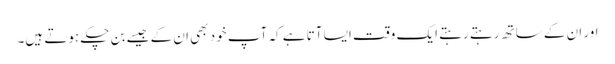
اور ان کے ساتھ رہتے رہتے ایک وقت ایسا آتا ہے کہ آپ خود بھی ان کے جیسے بن چکے ہوتے ہیں۔